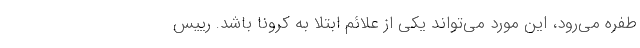
طفره می‌رود، این مورد می‌تواند یکی از علائم ابتلا به کرونا باشد. رییس